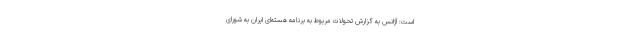
است: آژانس به گزارش تحولات مربوط به برنامه هسته‌ای ایران به شورای